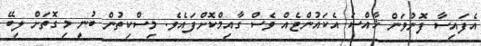
އެފައިސާ ފޮނުވަން ޚާއްސަ އެކައުންޓެއް ވެސް ގާއިމްކޮށްފައެވެ. މިސްކިތުން ބުނީ މިގޮތަށް ލިބޭ